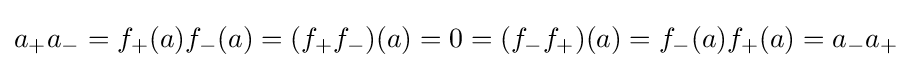
a_{+}a_{-}=f_{+}(a)f_{-}(a)=(f_{+}f_{-})(a)=0=(f_{-}f_{+})(a)=f_{-}(a)f_{+}(a)=a_{-}a_{+}